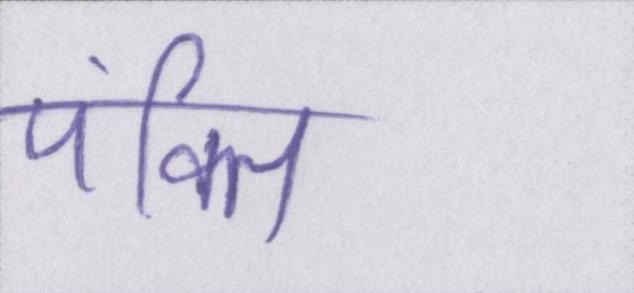
पंक्ति